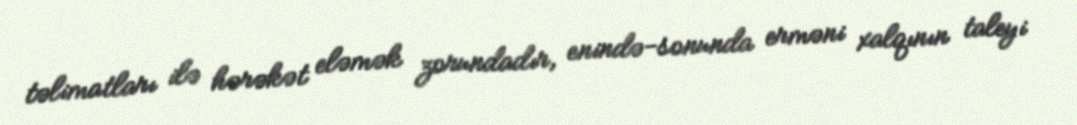
təlimatları ilə hərəkət eləmək zorundadır, enində-sonunda erməni xalqının taleyi